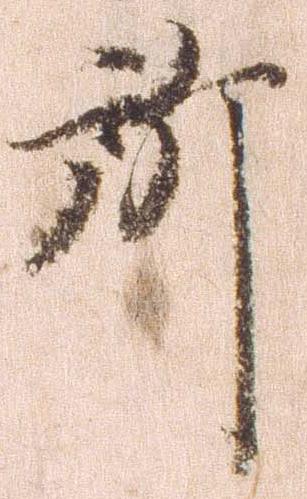
所